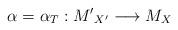
LaTeX: \begin{align*}\alpha=\alpha_{T}:{M'}_{X'}\longrightarrow M_{X}\end{align*}